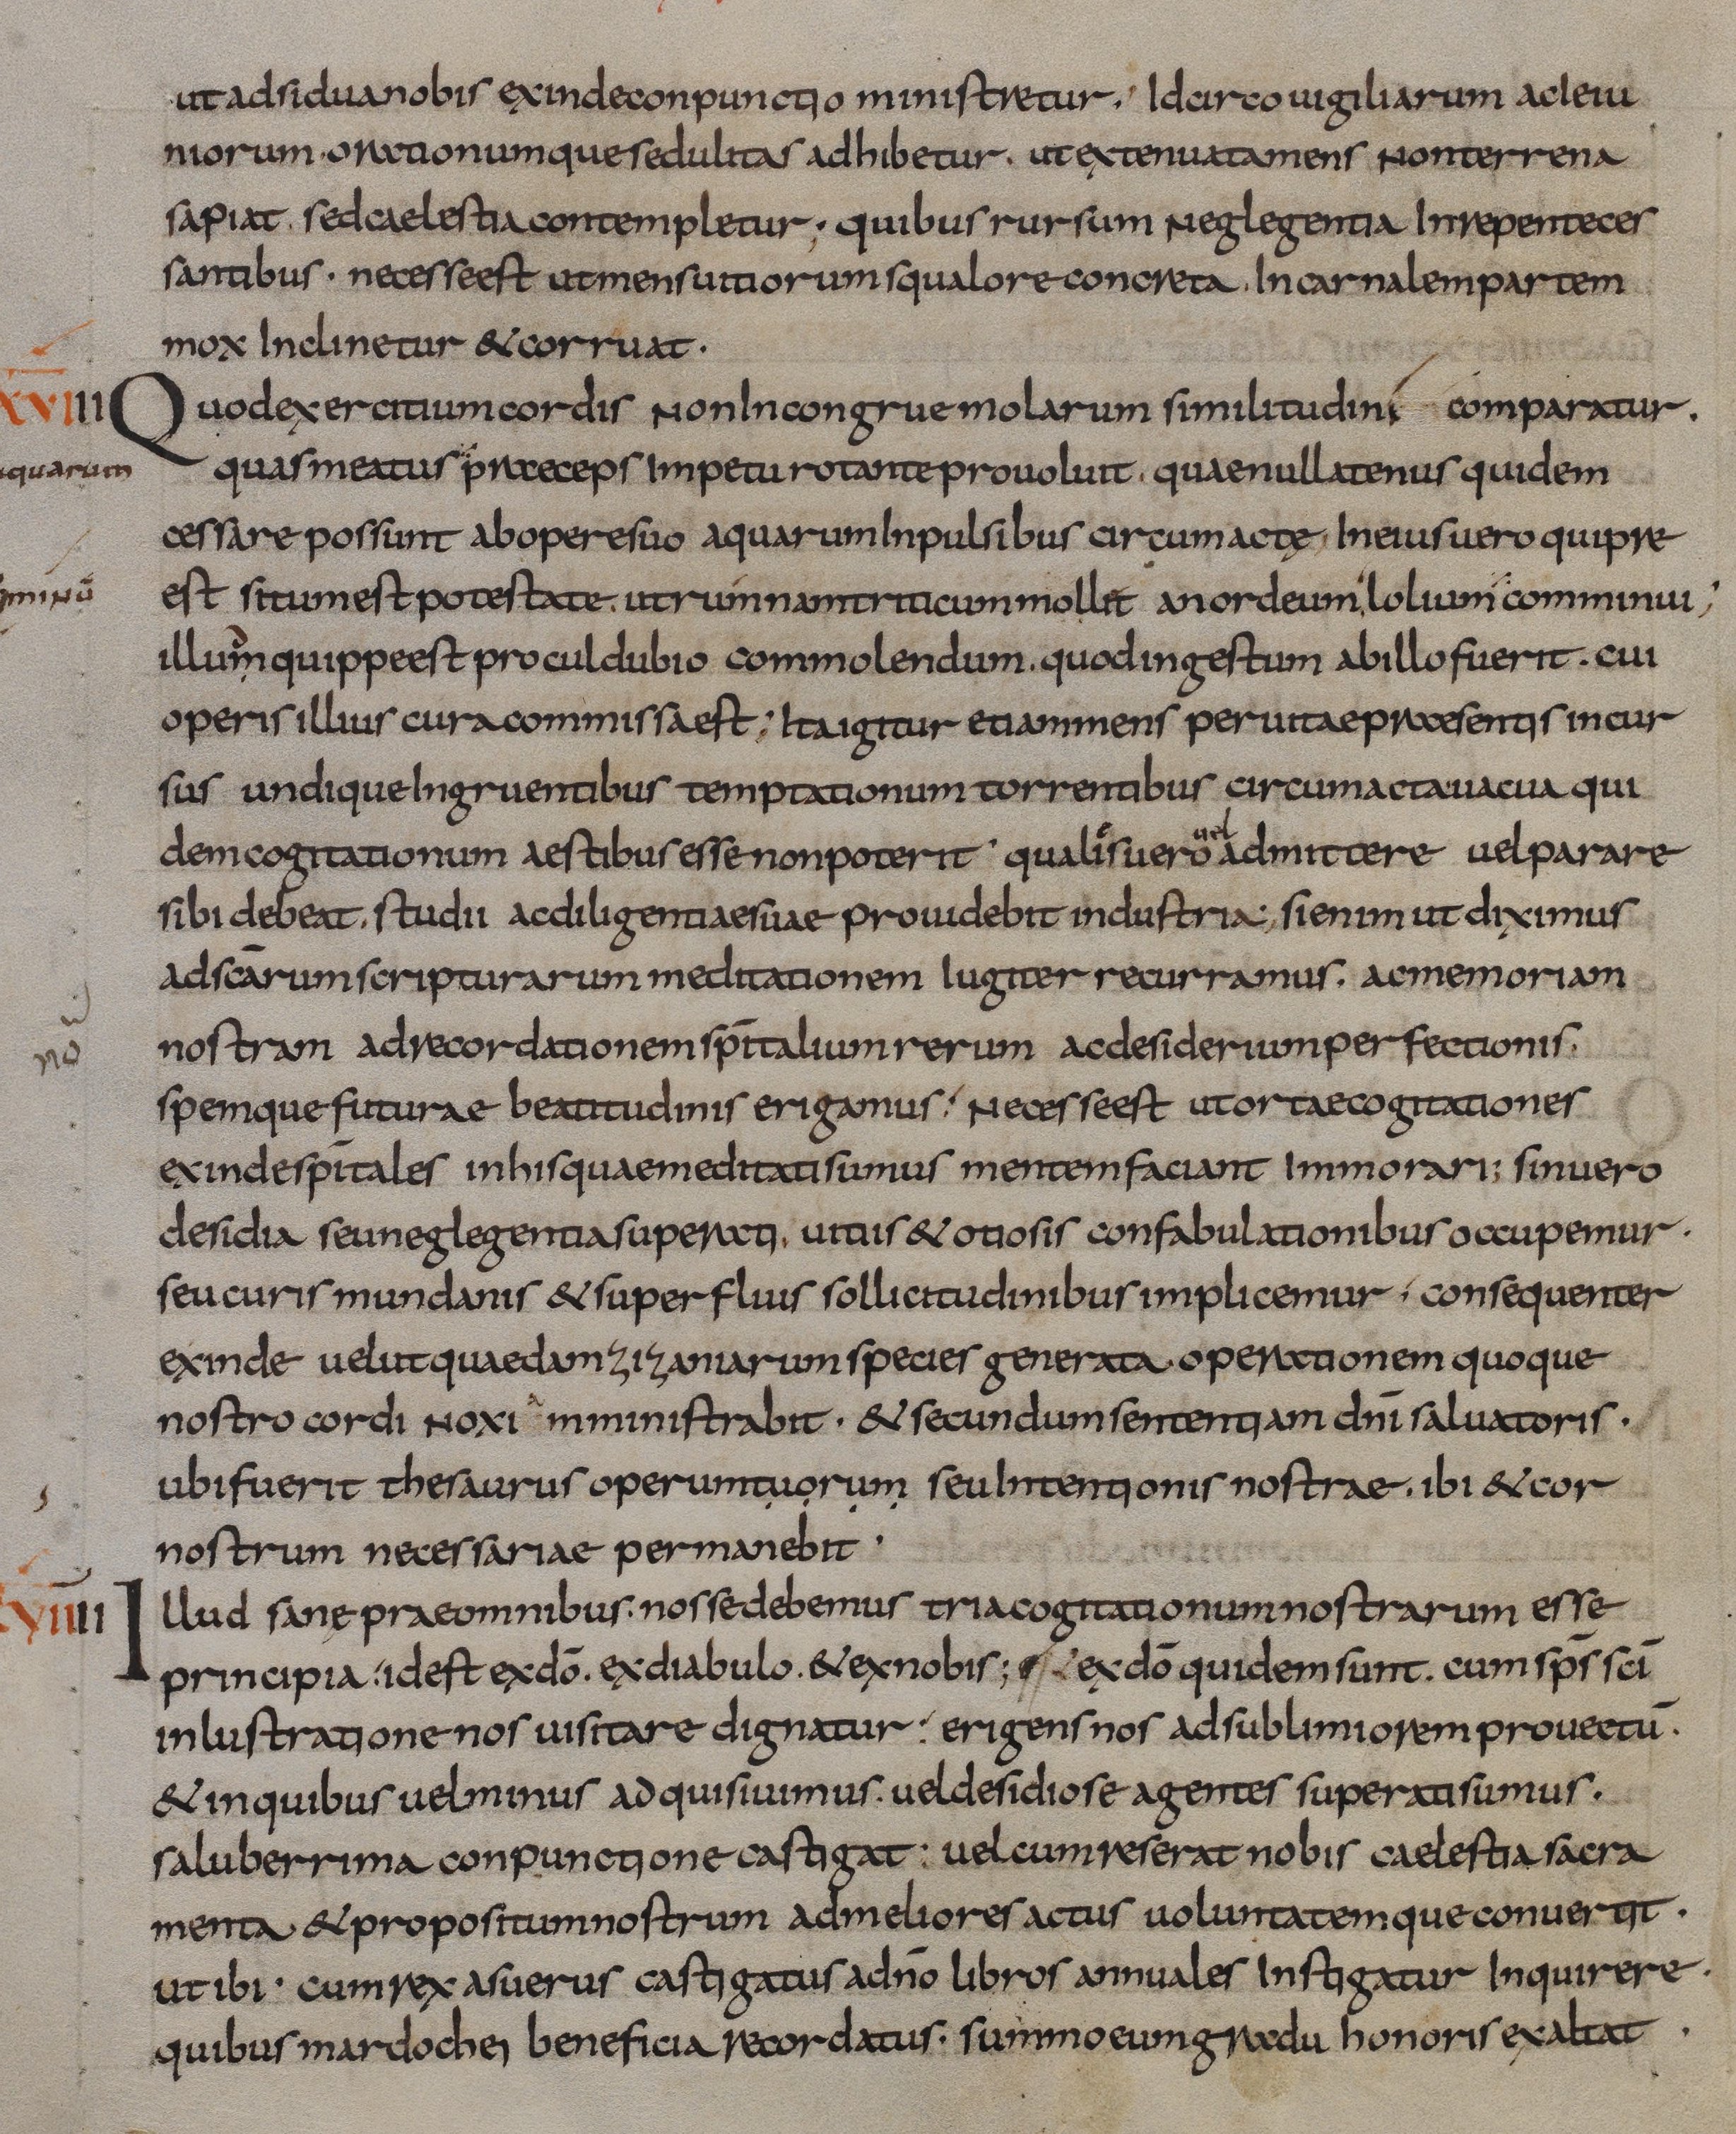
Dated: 833–865